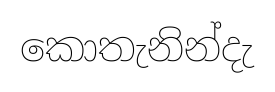
කොතැනින්දැ